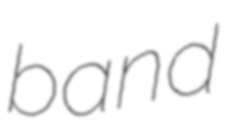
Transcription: band